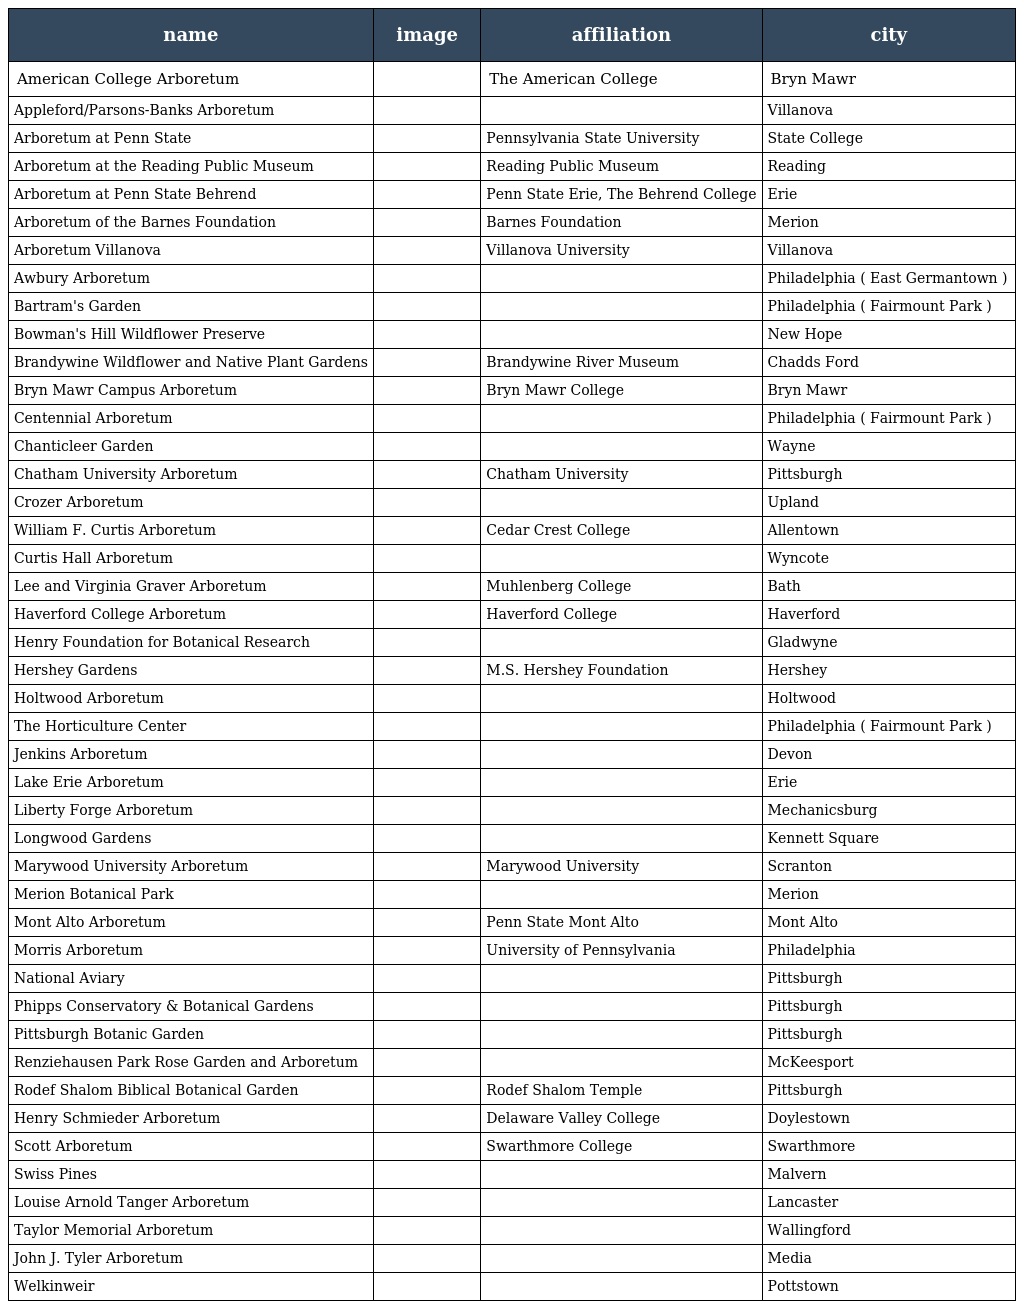
| name | image | affiliation | city |
 | --- | --- | --- | --- |
 | American College Arboretum |  | The American College | Bryn Mawr |
 | Appleford/Parsons-Banks Arboretum |  |  | Villanova |
 | Arboretum at Penn State |  | Pennsylvania State University | State College |
 | Arboretum at the Reading Public Museum |  | Reading Public Museum | Reading |
 | Arboretum at Penn State Behrend |  | Penn State Erie, The Behrend College | Erie |
 | Arboretum of the Barnes Foundation |  | Barnes Foundation | Merion |
 | Arboretum Villanova |  | Villanova University | Villanova |
 | Awbury Arboretum |  |  | Philadelphia ( East Germantown ) |
 | Bartram's Garden |  |  | Philadelphia ( Fairmount Park ) |
 | Bowman's Hill Wildflower Preserve |  |  | New Hope |
 | Brandywine Wildflower and Native Plant Gardens |  | Brandywine River Museum | Chadds Ford |
 | Bryn Mawr Campus Arboretum |  | Bryn Mawr College | Bryn Mawr |
 | Centennial Arboretum |  |  | Philadelphia ( Fairmount Park ) |
 | Chanticleer Garden |  |  | Wayne |
 | Chatham University Arboretum |  | Chatham University | Pittsburgh |
 | Crozer Arboretum |  |  | Upland |
 | William F. Curtis Arboretum |  | Cedar Crest College | Allentown |
 | Curtis Hall Arboretum |  |  | Wyncote |
 | Lee and Virginia Graver Arboretum |  | Muhlenberg College | Bath |
 | Haverford College Arboretum |  | Haverford College | Haverford |
 | Henry Foundation for Botanical Research |  |  | Gladwyne |
 | Hershey Gardens |  | M.S. Hershey Foundation | Hershey |
 | Holtwood Arboretum |  |  | Holtwood |
 | The Horticulture Center |  |  | Philadelphia ( Fairmount Park ) |
 | Jenkins Arboretum |  |  | Devon |
 | Lake Erie Arboretum |  |  | Erie |
 | Liberty Forge Arboretum |  |  | Mechanicsburg |
 | Longwood Gardens |  |  | Kennett Square |
 | Marywood University Arboretum |  | Marywood University | Scranton |
 | Merion Botanical Park |  |  | Merion |
 | Mont Alto Arboretum |  | Penn State Mont Alto | Mont Alto |
 | Morris Arboretum |  | University of Pennsylvania | Philadelphia |
 | National Aviary |  |  | Pittsburgh |
 | Phipps Conservatory & Botanical Gardens |  |  | Pittsburgh |
 | Pittsburgh Botanic Garden |  |  | Pittsburgh |
 | Renziehausen Park Rose Garden and Arboretum |  |  | McKeesport |
 | Rodef Shalom Biblical Botanical Garden |  | Rodef Shalom Temple | Pittsburgh |
 | Henry Schmieder Arboretum |  | Delaware Valley College | Doylestown |
 | Scott Arboretum |  | Swarthmore College | Swarthmore |
 | Swiss Pines |  |  | Malvern |
 | Louise Arnold Tanger Arboretum |  |  | Lancaster |
 | Taylor Memorial Arboretum |  |  | Wallingford |
 | John J. Tyler Arboretum |  |  | Media |
 | Welkinweir |  |  | Pottstown |